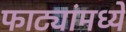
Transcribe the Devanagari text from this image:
फाट्यांमध्ये